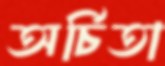
অর্চিতা